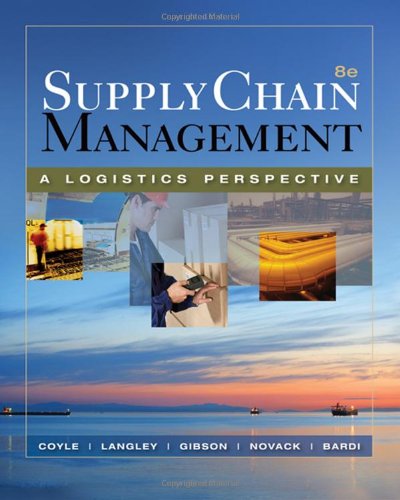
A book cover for Supply Chain Management: A Logistics Perspective (Book Only); John J. Coyle; Business & Money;